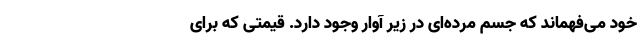
خود می‌فهماند که جسم مرده‌ای در زیر آوار وجود دارد. قیمتی که برای